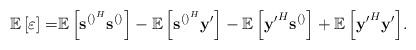
\begin{align*} \mathbb{E}\left[\varepsilon\right]=&{\mathbb{E}\left[\mathbf{s}^{\left(\right)^H}\mathbf{s}^{\left(\right)}\right]}-{\mathbb{E}\left[\mathbf{s}^{\left(\right)^H}\mathbf{y}'\right]}-{\mathbb{E}\left[\mathbf{y'}^H\mathbf{s}^{\left(\right)}\right]}+{\mathbb{E}\left[\mathbf{y'}^H\mathbf{y}'\right]}.\end{align*}